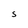
Character: S